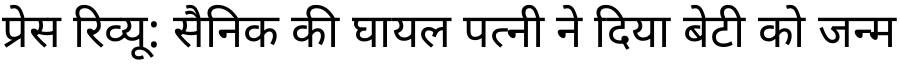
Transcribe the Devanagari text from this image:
प्रेस रिव्यू: सैनिक की घायल पत्नी ने दिया बेटी को जन्म